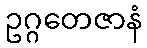
ဥဂ္ဂတေဇာနံ